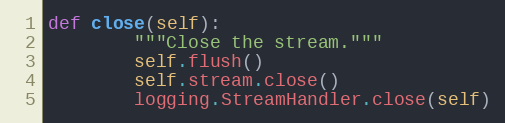
Language: Python
def close(self):
        """Close the stream."""
        self.flush()
        self.stream.close()
        logging.StreamHandler.close(self)